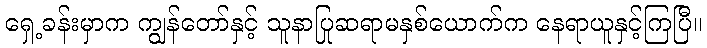
ရှေ့ခန်းမှာက ကျွန်တော်နှင့် သူနာပြုဆရာမနှစ်ယောက်က နေရာယူနှင့်ကြပြီ။